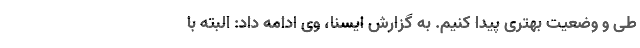
طی و وضعیت بهتری پیدا کنیم. به گزارش ایسنا، وی ادامه داد: البته با